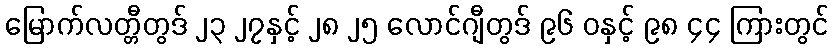
မြောက်လတ္တီတွဒ် ၂၃ ၂၇နှင့် ၂၈ ၂၅ လောင်ဂျီတွဒ် ၉၆ ဝနှင့် ၉၈ ၄၄ ကြားတွင်